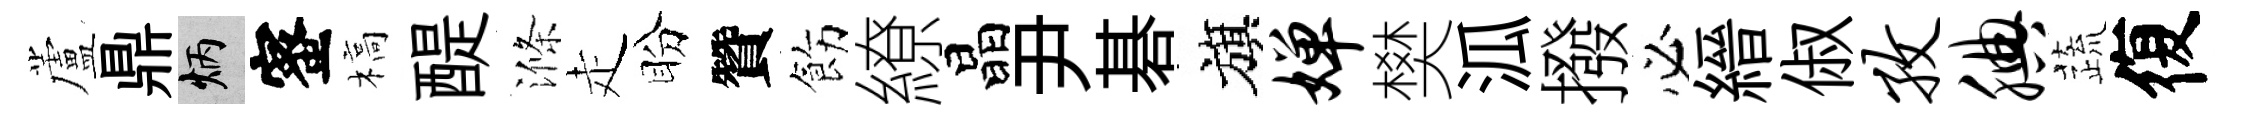
蘆鼎炳蜜槁醍滌走盼贊飭繚晶尹碁旗婵樊泒撥必縉俶孜腆蔬復